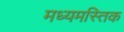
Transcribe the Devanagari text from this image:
मध्यमस्तिक